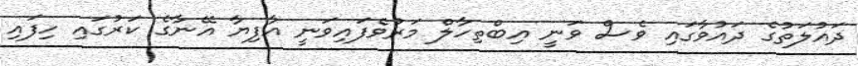
ދައުލަތުގެ ދައުވާގައި ވެސް ވަނީ އިބްތިހާލް މަރުވެފައިވަނީ އާފިޔާ އޭނާގެ ކަރުގައި ހިފައި